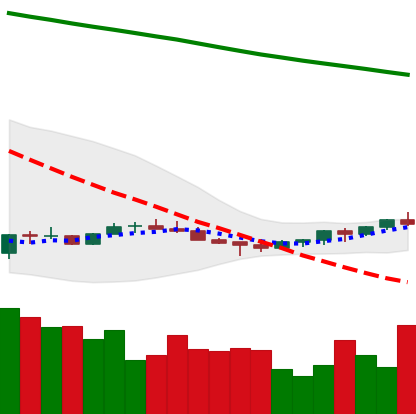
Ticker: EOS-USD
Chart end date: 2022-07-08
Forward return: -6.617%
Label: down_5_7